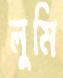
লুমি